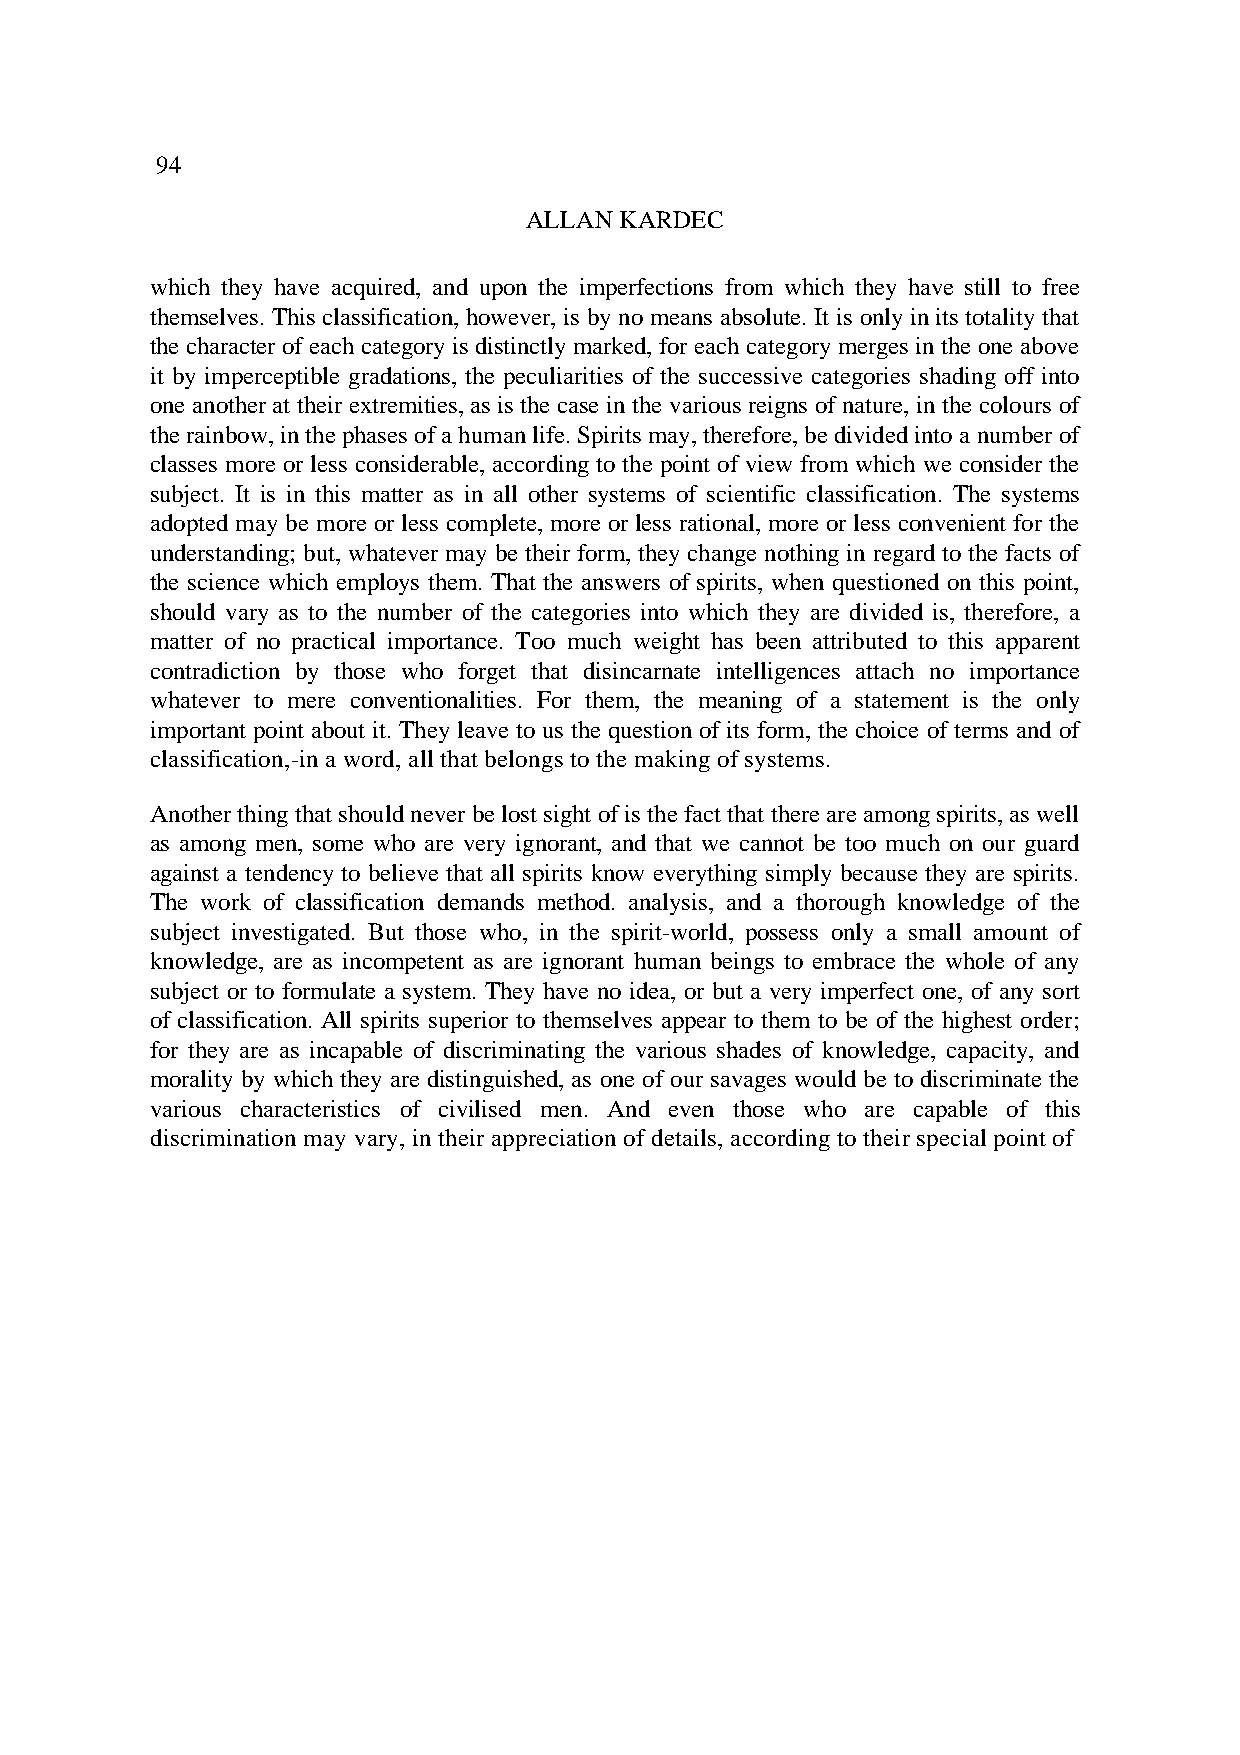
94
 ALLAN KARDEC
 which they have acquired, and upon the imperfections from which they have still to free
 themselves. This classification, however, is by no means absolute. It is only in its totality that
 the character of each category is distinctly marked, for each category merges in the one above
 it by imperceptible gradations, the peculiarities of the successive categories shading off into
 one another at their extremities, as is the case in the various reigns of nature, in the colours of
 the rainbow, in the phases of a human life. Spirits may, therefore, be divided into a number of
 classes more or less considerable, according to the point of view from which we consider the
 subject. It is in this matter as in all other systems of scientific classification. The systems
 adopted may be more or less complete, more or less rational, more or less convenient for the
 understanding; but, whatever may be their form, they change nothing in regard to the facts of
 the science which employs them. That the answers of spirits, when questioned on this point,
 should vary as to the number of the categories into which they are divided is, therefore, a
 matter of no practical importance. Too much weight has been attributed to this apparent
 contradiction by those who forget that disincarnate intelligences attach no importance
 whatever to mere conventionalities. For them, the meaning of a statement is the only
 important point about it. They leave to us the question of its form, the choice of terms and of
 classification,-in a word, all that belongs to the making of systems.
 Another thing that should never be lost sight of is the fact that there are among spirits, as well
 as among men, some who are very ignorant, and that we cannot be too much on our guard
 against a tendency to believe that all spirits know everything simply because they are spirits.
 The work of classification demands method. analysis, and a thorough knowledge of the
 subject investigated. But those who, in the spirit-world, possess only a small amount of
 knowledge, are as incompetent as are ignorant human beings to embrace the whole of any
 subject or to formulate a system. They have no idea, or but a very imperfect one, of any sort
 of classification. All spirits superior to themselves appear to them to be of the highest order;
 for they are as incapable of discriminating the various shades of knowledge, capacity, and
 morality by which they are distinguished, as one of our savages would be to discriminate the
 various characteristics of civilised men. And even those who are capable of this
 discrimination may vary, in their appreciation of details, according to their special point of